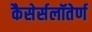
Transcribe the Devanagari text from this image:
कैसेर्सलॉतेर्ण